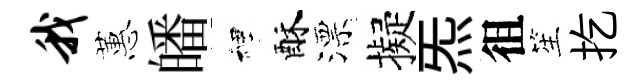
我蕙皤裡酥漂擬炁徂笙扢